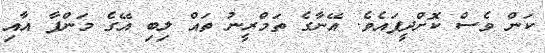
ކަން ވެސް ކޮށްދީފައެވެ. އޭނާގެ ތަމްރީނު ތައް ލިބި އޭގެ މަންފާ އާއި